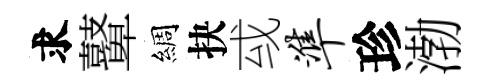
求鼙綢抉㦯准珍渤